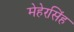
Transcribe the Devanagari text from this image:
मेहेरसिंह